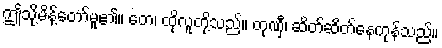
ဤသို့မိန့်တော်မူ၏။ တေ၊ ထိုလူတို့သည်။ တုဏှီ၊ ဆိတ်ဆိတ်နေကုန်သည်။